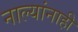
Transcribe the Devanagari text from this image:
नाल्यांनाही